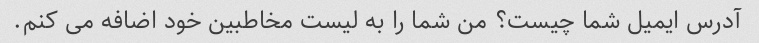
آدرس ایمیل شما چیست؟ من شما را به لیست مخاطبین خود اضافه می کنم.